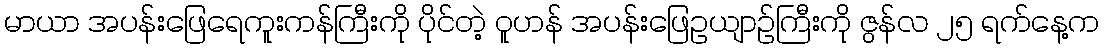
မာယာ အပန်းဖြေရေကူးကန်ကြီးကို ပိုင်တဲ့ ဝူဟန် အပန်းဖြေဥယျာဉ်ကြီးကို ဇွန်လ ၂၅ ရက်နေ့က